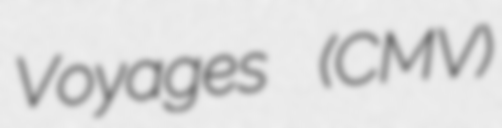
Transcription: Voyages (CMV)